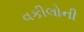
વકીલોની